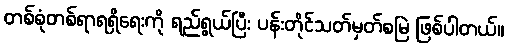
တစ်စုံတစ်ရာရရှိရေးကို ရည်ရွယ်ပြီး ပန်းတိုင်သတ်မှတ်စမြဲ ဖြစ်ပါတယ်။